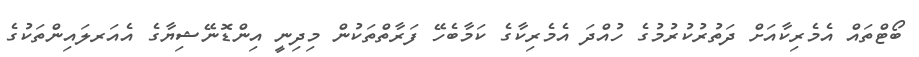
ބޯޓްތައް އެމެރިކާއަށް ދަތުރުކުރުމުގެ ހުއްދަ އެމެރިކާގެ ކަމާބެހޭ ފަރާތްތަކުން މިދިނީ އިންޑޮނޭޝިޔާގެ އެއަރލައިންތަކުގެ